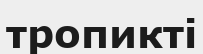
тропикті